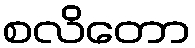
စလိတော